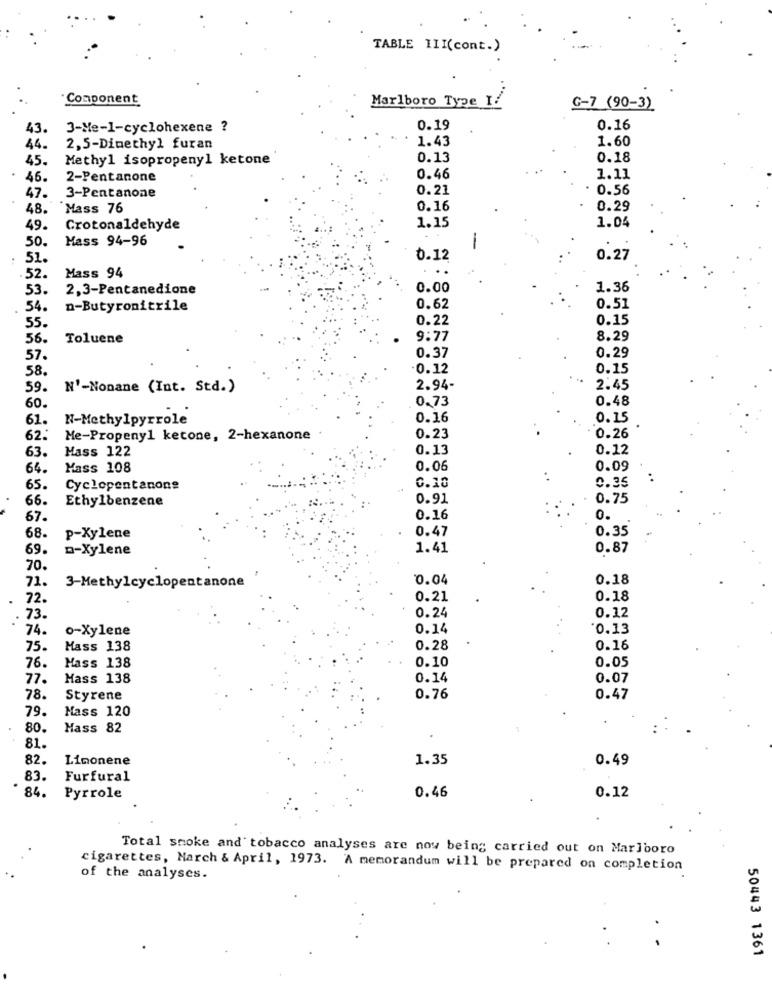
TABLE III(cont.)
Component
Marlboro Type 1/
G-7 (90-3)
43.
3-Me-1-cyclohexene ?
0.19
0.16
1.43
1.60
44.
2,5-Dimethyl furan
45.
Methyl isopropeny1 ketone
0.13
0.18
46.
2-Pentanone
0.46
1.11
3-Pentanone
0.21
0.56
47.
48. Mass 76
0.16
0.29
1.15
1.04
49.
Crotonaldehyde
50.
Mass 94-96
-
51.
0.12
0.27
..
52.
Mass 94
53.
2,3-Pentanedione
0.00
1.36
54.
n-Butyronitrile
0.62
0.51
55.
0.22
0.15
56.
Toluene
9:77
8.29
0.37
0.29
57.
58.
.0.12
0.15
59.
N'-Nonane (Int. Std.)
2.94-
2.45
60.
0.73
0.48
61.
N-Methylpyrrole
0.16
0.15
62.
Me-Propeny1 ketone, 2-hexanone
0.23
0.26
Mass 122
0.13
0.12
63.
64.
Mass 108
0.06
0.09
0.10
0.35
65.
Cyclopentanone
66.
Ethylbenzene
0.91
0.75
67.
0.16
0.
0.47
0.35
68.
p-Xylene
69.
n-Xylene
1.41
0.87
70.
71.
0.04
0.18
3-Methylcyclopentanone
72.
0.21
0.18
0.24
0.12
73.
74.
o-Xylene
0.14
'0.13
75.
Mass 138
0.28
0.16
76.
0.10
0.05
Hass 138
77.
Mass 138
0.14
0.07
78.
Styrene
0.76
0.47
79.
Mass 120
80.
Mass 82
81.
82.
Limonene
1.35
0.49
83.
Furfural
84.
Pyrrole
0.46
0.12
Total smoke and tobacco analyses are now being carried out on Marlboro
cigarettes, March & April, 1973. A memorandum will be prepared on completion
of the analyses.
.
50443 1361